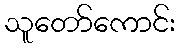
သူတော်ကောင်း